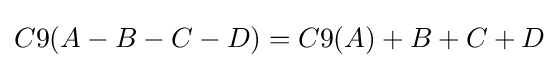
C9(A-B-C-D)=C9(A)+B+C+D